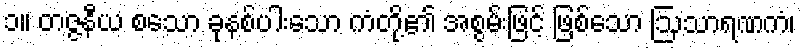
၁။ တဇ္ဇနီယ စသော ခုနစ်ပါးသော ကံတို့၏ အစွမ်းဖြင့် ဖြစ်သော ဩသာရဏကံ၊